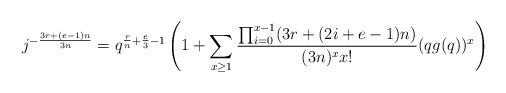
LaTeX: \begin{align*}j^{-\frac{3r+(e-1)n}{3n}}=q^{\frac{r}{n}+\frac{e}{3}-1}\left(1+\sum_{x\geq 1}\frac{\prod_{i = 0}^{x-1}(3r+(2i+e-1)n)}{(3n)^xx!}(qg(q))^x\right)\end{align*}